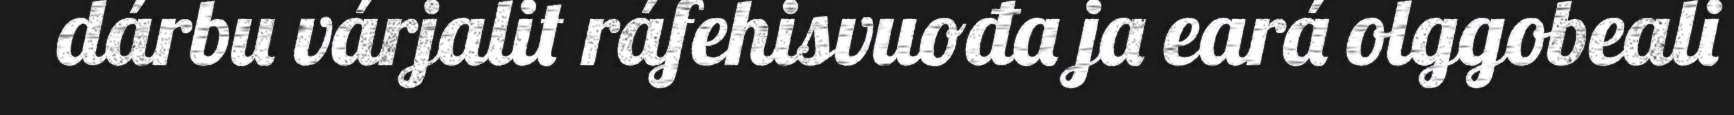
dárbu várjalit ráfehisvuođa ja eará olggobeali